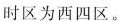
时区为西四区。